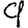
Digit: 9